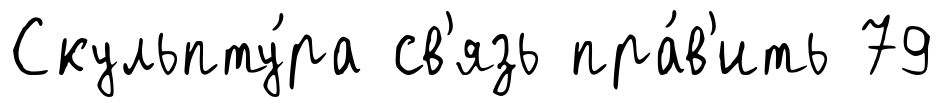
Скульпту́ра св'язь пра́в'ить 79